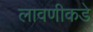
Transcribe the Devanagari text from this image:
लावणीकडे